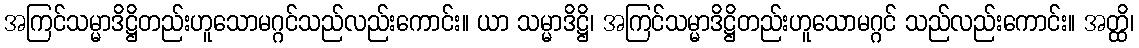
အကြင်သမ္မာဒိဋ္ဌိတည်းဟူသောမဂ္ဂင်သည်လည်းကောင်း။ ယာ သမ္မာဒိဋ္ဌိ၊ အကြင်သမ္မာဒိဋ္ဌိတည်းဟူသောမဂ္ဂင် သည်လည်းကောင်း။ အတ္ထိ၊